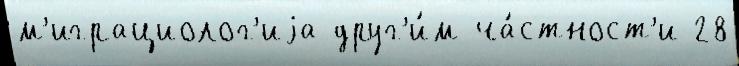
м'играциолог'иjа друг'и́м ча́стност'и 28